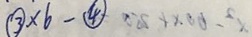
\times 6 -